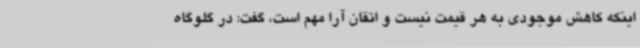
اینکه کاهش موجودی به هر قیمت نیست و اتقان آرا مهم است، گفت: در گلوگاه